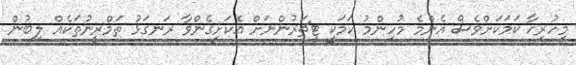
މިހުރިހާ ކަމަކަށްވެސް އެންމެ މުހިންމު ކަމަކީ ޓީޗަރުންނަށް އެކަށީގެންވާ ރަނގަޅު ތަމްރީނުތަކެއް ލިބުން